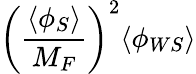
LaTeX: \left(\frac{\langle\phi_{S}\rangle}{M_{F}}\right)^{2}\langle\phi_{WS}\rangle